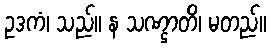
ဥဒကံ၊ သည်။ န သဏ္ဌာတိ၊ မတည်။